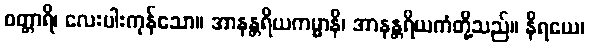
စတ္တာရိ၊ လေးပါးကုန်သော။ အာနန္တရိယကမ္မာနိ၊ အာနန္တရိယကံတို့သည်။ နိရယေ၊